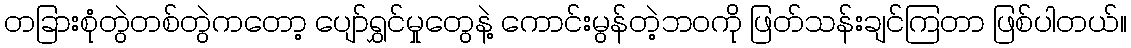
တခြားစုံတွဲတစ်တွဲကတော့ ပျော်ရွှင်မှုတွေနဲ့ ကောင်းမွန်တဲ့ဘဝကို ဖြတ်သန်းချင်ကြတာ ဖြစ်ပါတယ်။